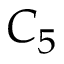
C _ { 5 }